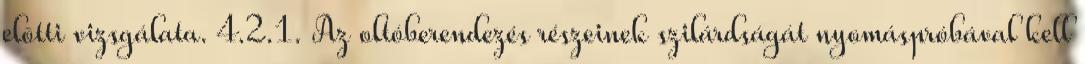
elõtti vizsgálata. 4.2.1. Az oltóberendezés részeinek szilárdságát nyomáspróbával kell